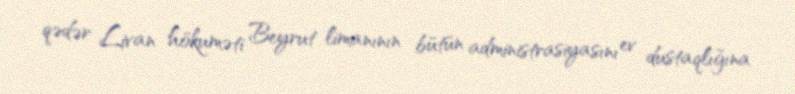
qədər Livan hökuməti Beyrut limanının bütün administrasiyasını ev dustaqlığına